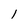
Character: 1